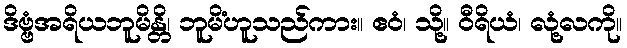
ဒိဗ္ဗံအရိယဘူမိန္တိ၊ ဘူမိံဟူသည်ကား။ ဧဝံ၊ သို့။ ဝီရိယံ၊ လုံ့လကို။